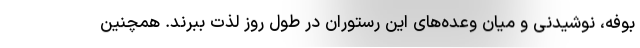
بوفه، نوشیدنی و میان وعده‌های این رستوران در طول روز لذت ببرند. همچنین